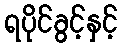
ရပိုင်ခွင့်နှင့်